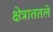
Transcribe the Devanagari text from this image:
क्षेत्राततले